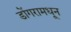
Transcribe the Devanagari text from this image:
डोंगरामधून